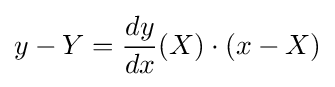
y-Y={\frac {dy}{dx}}(X)\cdot (x-X)